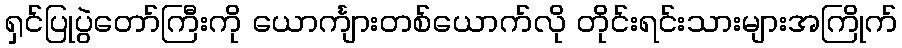
ရှင်ပြုပွဲတော်ကြီးကို ယောင်္ကျားတစ်ယောက်လို တိုင်းရင်းသားများအကြိုက်